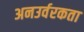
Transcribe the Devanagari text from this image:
अनउर्वरकता